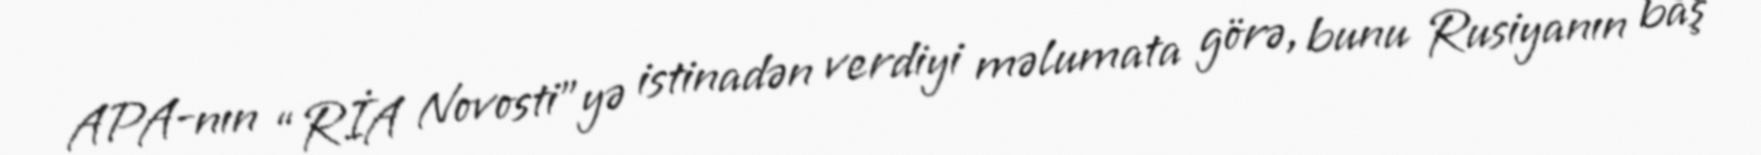
APA-nın “RİA Novosti”yə istinadən verdiyi məlumata görə, bunu Rusiyanın baş